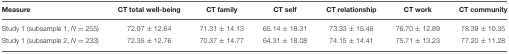
<table><thead><tr><td><b>Measure</b></td><td><b>CT total well-being</b></td><td><b>CT family</b></td><td><b>CT self</b></td><td><b>CT relationship</b></td><td><b>CT work</b></td><td><b>CT community</b></td></tr></thead><tbody><tr><td>Study 1 (subsample 1, <i>N</i> = 255)</td><td>72.97 ± 12.64</td><td>71.31 ± 14.13</td><td>65.14 ± 18.31</td><td>73.33 ± 15.46</td><td>76.70 ± 12.89</td><td>78.39 ± 10.35</td></tr><tr><td>Study 1 (subsample 2, <i>N</i> = 233)</td><td>72.35 ± 12.76</td><td>70.37 ± 14.77</td><td>64.31 ± 18.08</td><td>74.15 ± 14.41</td><td>75.71 ± 13.23</td><td>77.20 ± 11.28</td></tr></tbody></table>